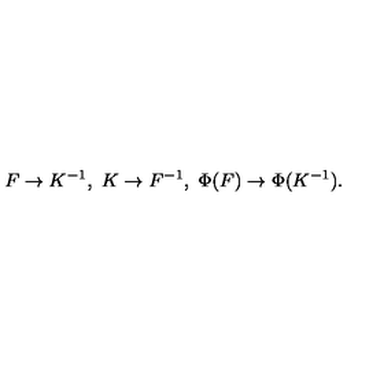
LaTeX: F \to K ^ { - 1 } , \ K \to F ^ { - 1 } , \ \Phi ( F ) \to \Phi ( K ^ { - 1 } ) .